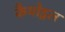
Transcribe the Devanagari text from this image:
कैथोड्रल